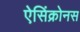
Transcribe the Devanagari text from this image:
ऐसिंक्रोनस